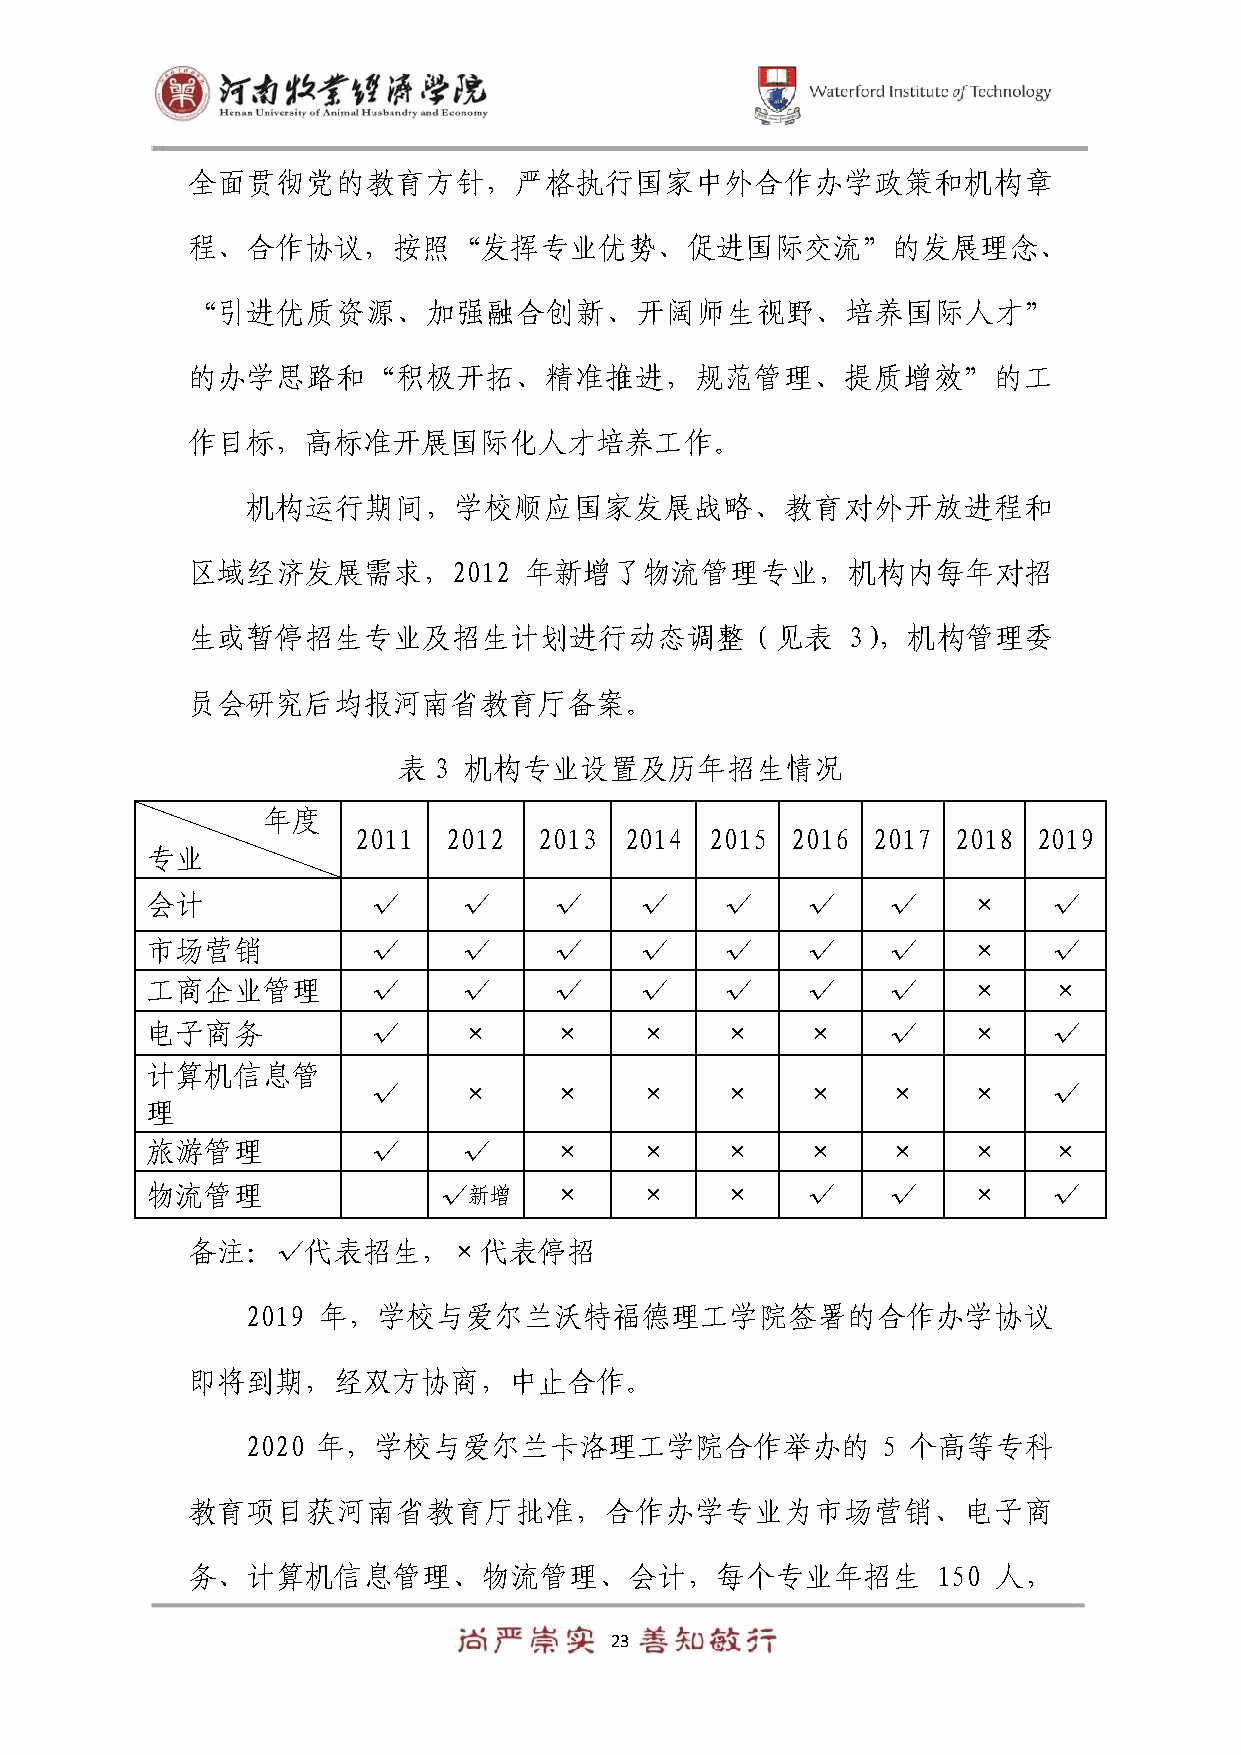
全面贯彻党的教育方针，严格执行国家中外合作办学政策和机构章
 程、合作协议，按照“发挥专业优势、促进国际交流”的发展理念、
 “引进优质资源、加强融合创新、开阔师生视野、培养国际人才”
 的办学思路和“积极开拓、精准推进，规范管理、提质增效”的工
 作目标，高标准开展国际化人才培养工作。
 机构运行期间，学校顺应国家发展战略、教育对外开放进程和
 区域经济发展需求，2012          年新增了物流管理专业，机构内每年对招
 生或暂停招生专业及招生计划进行动态调整（见表                      3），机构管理委
 员会研究后均报河南省教育厅备案。
 表  3 机构专业设置及历年招生情况
 年度
 2011   2012  2013 2014  2015 2016  2017 2018  2019
 专业
 会计            √     √      √    √     √    √     √    ×     √
 市场营销          √     √      √    √     √    √     √    ×     √
 工商企业管理        √     √      √    √     √    √     √    ×     ×
 电子商务          √     ×      ×    ×     ×    ×     √    ×     √
 计算机信息管
 √     ×      ×    ×     ×    ×     ×    ×     √
 理
 旅游管理          √     √      ×    ×     ×    ×     ×    ×     ×
 物流管理               √新增     ×    ×     ×    √     √    ×     √
 备注：√代表招生，×代表停招
 2019 年，学校与爱尔兰沃特福德理工学院签署的合作办学协议
 即将到期，经双方协商，中止合作。
 2020 年，学校与爱尔兰卡洛理工学院合作举办的                  5 个高等专科
 教育项目获河南省教育厅批准，合作办学专业为市场营销、电子商
 务、计算机信息管理、物流管理、会计，每个专业年招生                         150 人，
 23